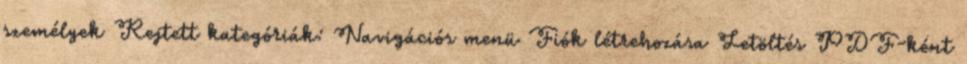
személyek Rejtett kategóriák: Navigációs menü Fiók létrehozása Letöltés PDF-ként